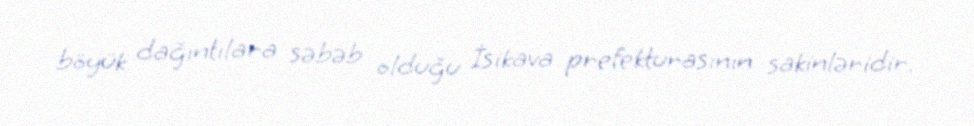
böyük dağıntılara səbəb olduğu İsikava prefekturasının sakinləridir.